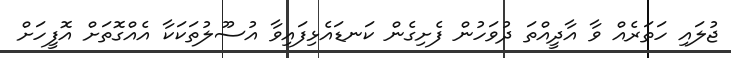
ޖުލައި ހަތަރެއް ވާ އާދީއްތަ ދުވަހުން ފެށިގެން ކަނޑައެޅިފައިވާ އުސޫލުތަކަކާ އެއްގޮތަށް އޮފީހަށް